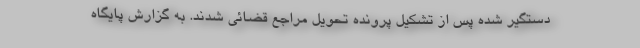
دستگیر شده پس از تشکیل پرونده تحویل مراجع قضائی شدند. به گزارش پایگاه